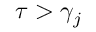
\tau > \gamma _ { j }